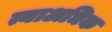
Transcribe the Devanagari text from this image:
त्याअधिक